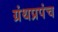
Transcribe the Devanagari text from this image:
ग्रंथप्रपंच